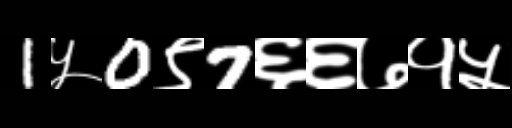
Text: 1५0९7६६७१५